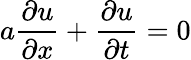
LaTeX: a{\frac{\partial u}{\partial x}}+{\frac{\partial u}{\partial t}}=0